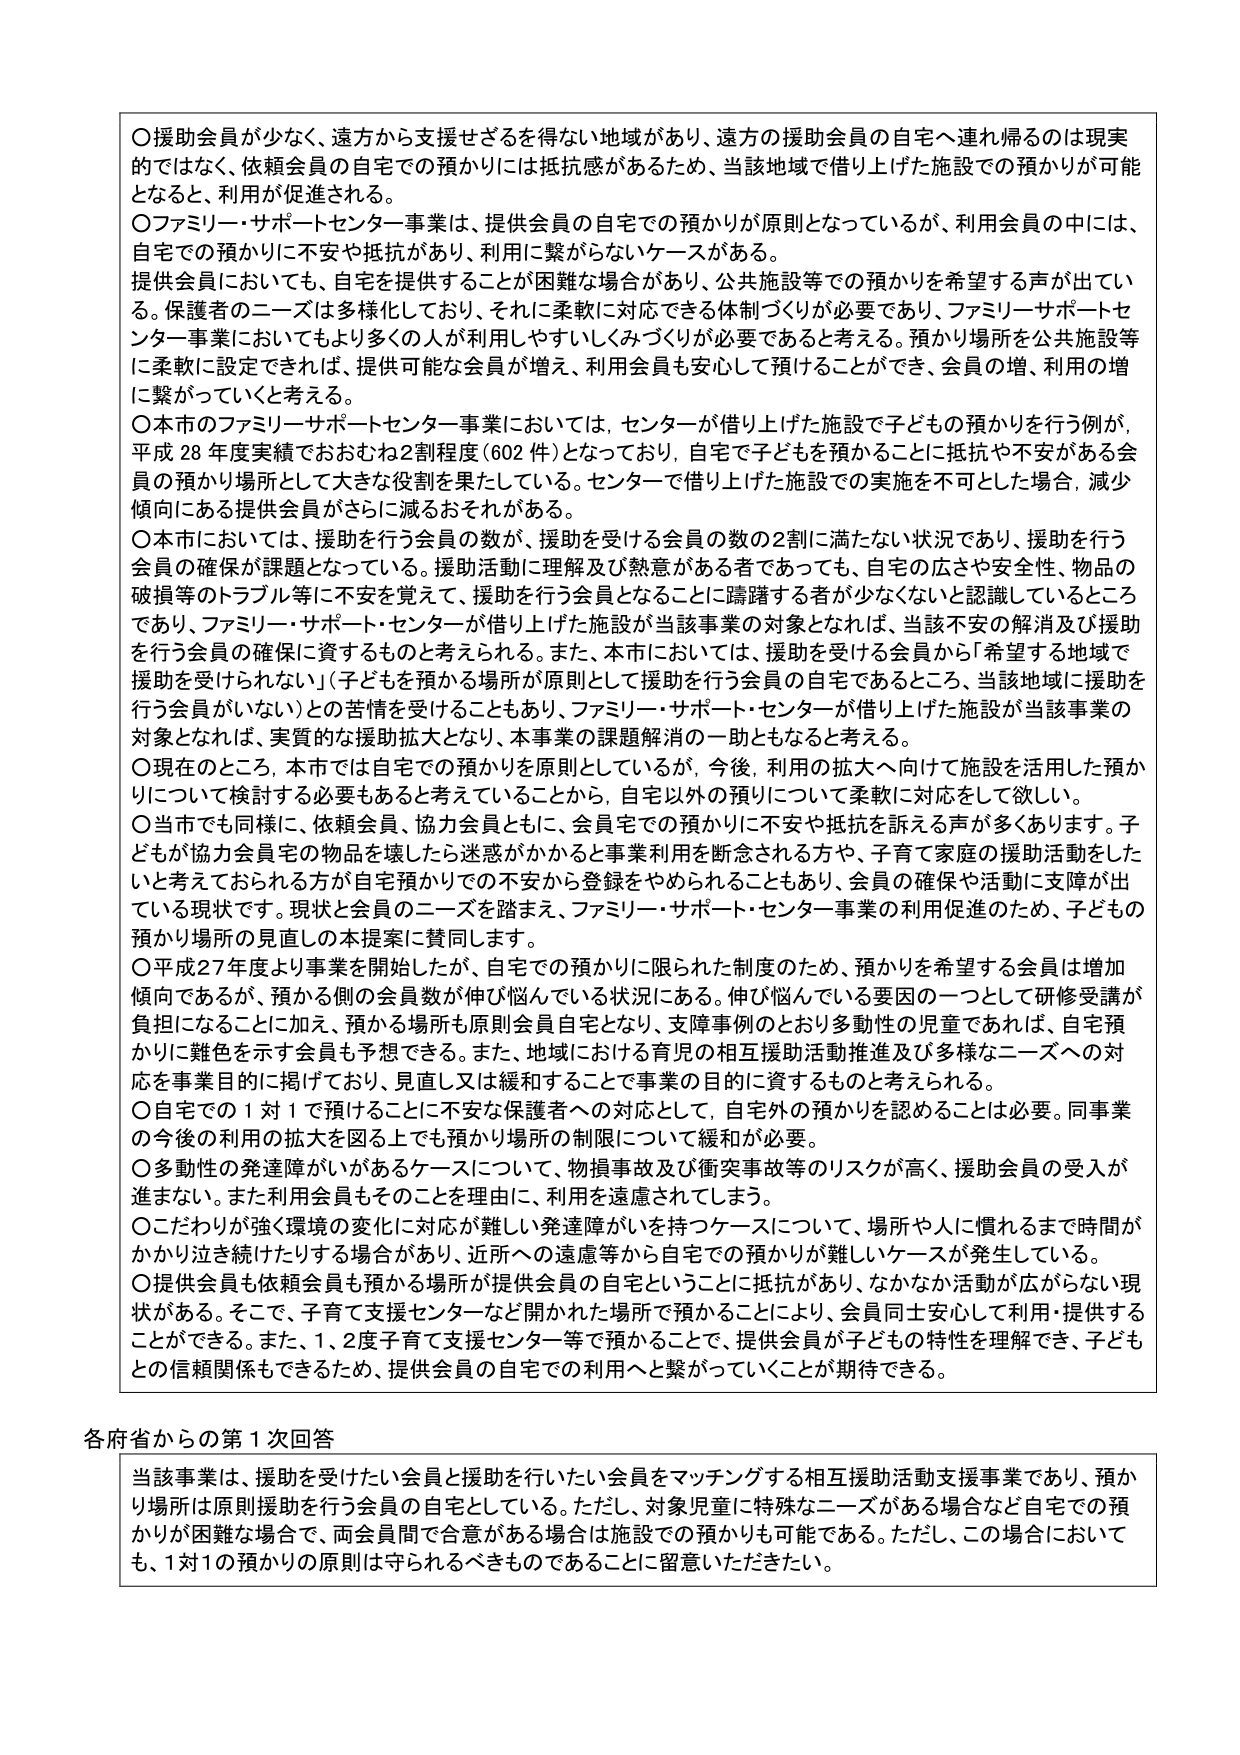
〇援助会員が少なく、遠方から支援せざるを得ない地域があり、遠方の援助会員の自宅へ連れ帰るのは現実的ではなく、依頼会員の自宅での預かりには抵抗感があるため、当該地域で借り上げた施設での預かりが可能となると、利用が促進される。

〇ファミリー・サポートセンター事業は、提供会員の自宅での預かりが原則となっているが、利用会員の中には、自宅での預かりに不安や抵抗があり、利用に繋がらないケースがある。

提供会員においても、自宅を提供することが困難な場合があり、公共施設等での預かりを希望する声が出ている。保護者のニーズは多様化しており、それに柔軟に対応できる体制づくりが必要であり、ファミリーサポートセンター事業においてもより多くの人が利用しやすいしくみづくりが必要であると考える。預かり場所を公共施設等に柔軟に設定できれば、提供可能な会員が増え、利用会員も安心して預けることができ、会員の増、利用の増に繋がっていくと考える。

〇本市のファミリーサポートセンター事業においては、センターが借り上げた施設で子どもの預かりを行う例が、平成28年度実績でおおむね2割程度（602件）となっており、自宅で子どもを預かることに抵抗や不安がある会員の預かり場所として大きな役割を果たしている。センターで借り上げた施設での実施を不可とした場合、減少傾向にある提供会員がさらに減るおそれがある。

〇本市においては、援助を行う会員の数が、援助を受ける会員の数の2割に満たない状況であり、援助を行う会員の確保が課題となっている。援助活動に理解及び熱意がある者であっても、自宅の広さや安全性、物品の破損等のトラブル等に不安を覚えて、援助を行う会員となることに躊躇する者が少なくないと認識しているところであり、ファミリー・サポート・センターが借り上げた施設が当該事業の対象となれば、当該不安の解消及び援助を行う会員の確保に資するものと考えられる。また、本市においては、援助を受ける会員から「希望する地域で援助を受けられない」「子どもを預かる場所が原則として援助を行う会員の自宅であるところ、当該地域に援助を行う会員がいない」との苦情を受けることもあり、ファミリー・サポート・センターが借り上げた施設が当該事業の対象となれば、実質的な援助拡大となり、本事業の課題解消の一助となると考える。

〇現在のところ、本市では自宅での預かりを原則としているが、今後、利用の拡大へ向けて施設を活用した預かりについて検討する必要もあろうと考えていることから、自宅以外の預りについて柔軟に対応を欲し。

〇当市でも同様に、依頼会員、協力会員ともに、会員宅での預かりに不安や抵抗を訴える声が多くあります。子どもが協力会員宅の物品を壊したら迷惑がかかると事業利用を断念される方や、子育て家庭の援助活動をしたいと考えておられる方が自宅預かりでの不安から登録をやめられることもあり、会員の確保や活動に支障が出ている現状です。現状と会員のニーズを踏まえ、ファミリー・サポート・センター事業の利用促進のため、子どもの預かり場所の見直しの本提案に賛同します。

〇平成27年度より事業を開始したが、自宅での預かりに限られた制度のため、預かりを希望する会員は増加傾向であるが、預かる側の会員数が伸び悩んでいる状況にある。伸び悩んでいる要因の一つとして研修受講が負担になることに加え、預かる場所も原則会員自宅となり、支援事例のとおり多動性の児童であれば、自宅預かりに難色を示す会員も想定できる。また、地域における育児の相互援助活動推進及び多様なニーズへの対応を事業目的に掲げており、見直し又は緩和することで事業の目的に資するものと考えられる。

〇自宅での1対1で預けることに不安な保護者への対応として、自宅外の預かりを認めることは必要。同事業の今後の利用の拡大を図る上でも預かり場所の制限について緩和が必要。

〇多動性の発達障がいがあるケースについて、物損事故及び衝突事故等のリスクが高く、援助会員の受入が進まない。また利用会員もそのことを理由に、利用を遠慮されてしまう。

〇こだわりが強く環境の変化に対応が難しい発達障がいを持つケースについて、場所や人に慣れるまで時間がかかり泣き続けたりする場合があり、近所への遠慮等から自宅での預かりが難しいケースが発生している。

〇提供会員も依頼会員も預かる場所が提供会員の自宅ということに抵抗があり、なかなか活動が広がらない現状がある。そこで、子育て支援センターなど開かれた場所で預かることにより、会員同士安心して利用・提供することができる。また、1、2度子育て支援センター等で預かることで、提供会員が子どもの特性を理解でき、子どもとの信頼関係もできるため、提供会員の自宅での利用へと繋がっていくことが期待できる。

各府省からの第1次回答

当該事業は、援助を受けたい会員と援助を行いたい会員をマッチングする相互援助活動支援事業であり、預かり場所は原則援助を行う会員の自宅としている。ただし、対象児童に特殊なニーズがある場合など自宅での預かりが困難な場合で、両会員間で合意がある場合は施設での預かりも可能である。ただし、この場合においても、1対1の預かりの原則は守られるべきものであることに留意いただきたい。